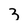
Character: 3